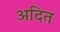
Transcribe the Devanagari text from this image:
अदित